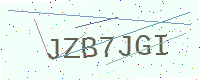
Text: JZB7JGI